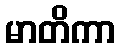
မာတိကာ